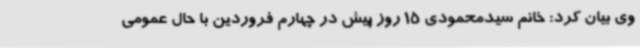
وی بیان کرد: خانم سیدمحمودی 15 روز پیش در چهارم فروردین با حال عمومی